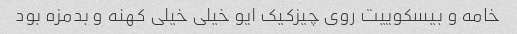
خامه و بیسکوییت روی چیزکیک ایو خیلی خیلی کهنه و بدمزه بود